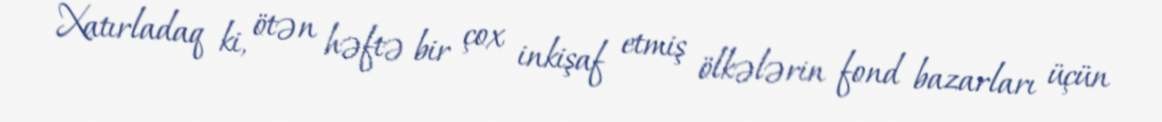
Xatırladaq ki, ötən həftə bir çox inkişaf etmiş ölkələrin fond bazarları üçün